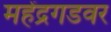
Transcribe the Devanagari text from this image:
महेंद्रगडवर